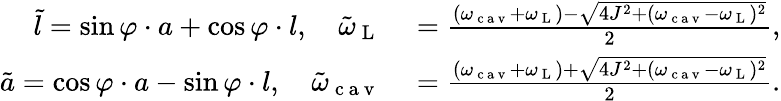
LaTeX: \begin{array}{rl}{\tilde{l}=\sin\varphi\cdot a+\cos\varphi\cdot l,\quad\tilde{\omega}_{\mathrm{~L~}}}&{{}=\frac{(\omega_{\mathrm{~c~a~v~}}+\omega_{\mathrm{~L~}})-\sqrt{4J^{2}+(\omega_{\mathrm{~c~a~v~}}-\omega_{\mathrm{~L~}})^{2}}}{2},}\\ {\tilde{a}=\cos\varphi\cdot a-\sin\varphi\cdot l,\quad\tilde{\omega}_{\mathrm{~c~a~v~}}}&{{}=\frac{(\omega_{\mathrm{~c~a~v~}}+\omega_{\mathrm{~L~}})+\sqrt{4J^{2}+(\omega_{\mathrm{~c~a~v~}}-\omega_{\mathrm{~L~}})^{2}}}{2}.}\end{array}